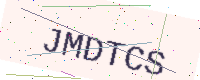
Text: JMDTCS